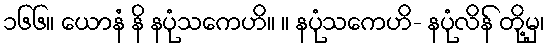
၁၆၆။ ယောနံ နိ နပုံသကေဟိ။ ။ နပုံသကေဟိ- နပုံလိန် တို့မှ၊